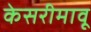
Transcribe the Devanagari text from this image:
केसरीमावू